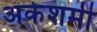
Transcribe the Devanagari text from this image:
अकेशमी